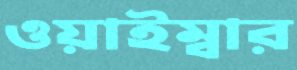
ওয়াইম্বার